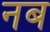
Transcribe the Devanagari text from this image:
नब